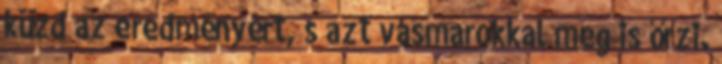
küzd az eredményért, s azt vasmarokkal meg is őrzi.